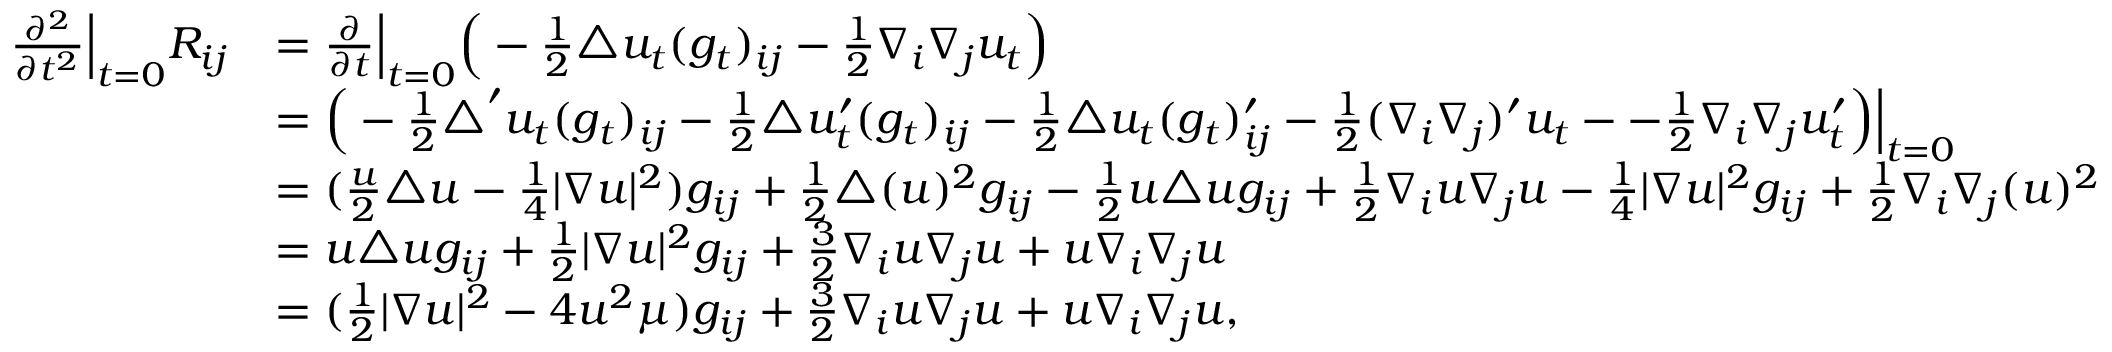
\begin{array} { r l } { \frac { \partial ^ { 2 } } { \partial t ^ { 2 } } \Big | _ { t = 0 } R _ { i j } } & { = \frac { \partial } { \partial t } \Big | _ { t = 0 } \Big ( - \frac { 1 } { 2 } \triangle u _ { t } ( g _ { t } ) _ { i j } - \frac { 1 } { 2 } \nabla _ { i } \nabla _ { j } u _ { t } \Big ) } \\ & { = \Big ( - \frac { 1 } { 2 } \triangle ^ { \prime } u _ { t } ( g _ { t } ) _ { i j } - \frac { 1 } { 2 } \triangle u _ { t } ^ { \prime } ( g _ { t } ) _ { i j } - \frac { 1 } { 2 } \triangle u _ { t } ( g _ { t } ) _ { i j } ^ { \prime } - \frac { 1 } { 2 } ( \nabla _ { i } \nabla _ { j } ) ^ { \prime } u _ { t } -- \frac { 1 } { 2 } \nabla _ { i } \nabla _ { j } u _ { t } ^ { \prime } \Big ) \Big | _ { t = 0 } } \\ & { = ( \frac { u } { 2 } \triangle u - \frac { 1 } { 4 } | \nabla u | ^ { 2 } ) g _ { i j } + \frac { 1 } { 2 } \triangle ( u ) ^ { 2 } g _ { i j } - \frac { 1 } { 2 } u \triangle u g _ { i j } + \frac { 1 } { 2 } \nabla _ { i } u \nabla _ { j } u - \frac { 1 } { 4 } | \nabla u | ^ { 2 } g _ { i j } + \frac { 1 } { 2 } \nabla _ { i } \nabla _ { j } ( u ) ^ { 2 } } \\ & { = u \triangle u g _ { i j } + \frac { 1 } { 2 } | \nabla u | ^ { 2 } g _ { i j } + \frac { 3 } { 2 } \nabla _ { i } u \nabla _ { j } u + u \nabla _ { i } \nabla _ { j } u } \\ & { = ( \frac { 1 } { 2 } | \nabla u | ^ { 2 } - 4 u ^ { 2 } \mu ) g _ { i j } + \frac { 3 } { 2 } \nabla _ { i } u \nabla _ { j } u + u \nabla _ { i } \nabla _ { j } u , } \end{array}